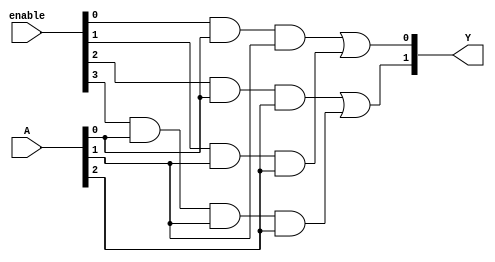
module SPAL (
    input wire [N-1:0] A,    // Inputs (A, B, C, etc.)
    input wire [M-1:0] enable, // Enable signals for each AND gate
    output wire [P-1:0] Y     // Outputs
);
    parameter N = 3; // Number of inputs
    parameter M = 4; // Number of AND gates
    parameter P = 2; // Number of outputs

    // AND gate outputs
    wire [M-1:0] and_out;

    // Configuration of AND gates
    // Each AND gate can be programmed to take a subset of inputs
    // For example:
    assign and_out[0] = enable[0] & A[0] & A[1]; // AND gate 0
    assign and_out[1] = enable[1] & A[1] & A[2]; // AND gate 1
    assign and_out[2] = enable[2] & A[0] & A[2]; // AND gate 2
    assign and_out[3] = enable[3] & A[0] & A[1] & A[2]; // AND gate 3

    // Fixed OR array combining the outputs of the AND gates
    assign Y[0] = and_out[0] | and_out[1]; // Output 0
    assign Y[1] = and_out[2] | and_out[3]; // Output 1

endmodule